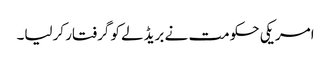
امریکی حکومت نے بریڈلے کو گرفتار کرلیا۔